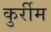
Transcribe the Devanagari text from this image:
कुर्रीम